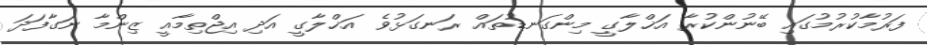
ފަރުމާކުރުމުގައި ބޭނުންކުރާ އަޚްލާގީ މިންގަނޑުތައް ރަނގަޅުވެ އަޚްލާގީ އަދި އިޖްތިމާއީ ޒިންމާ ނަގާފަދަ